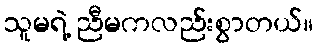
သူမရဲ့ ညီမကလည်းစွာတယ်။